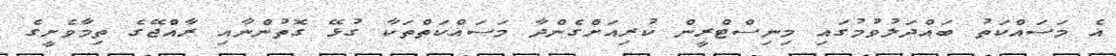
އެ މަސައްކަތު ބައްދަލުވުމުގައި މިނިސްޓްރީން ކުރިއަށްގެންދާ މަސައްކަތްތަކާ ގުޅޭ ގޮތުންނާއި ރާއްޖޭގެ ތިމާވެށީގެ